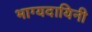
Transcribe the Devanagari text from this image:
भाग्यदायिनी